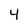
Character: 4